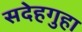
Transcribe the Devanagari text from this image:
सदेहगुहा